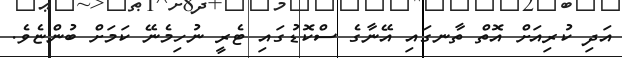
އަދި ކުރިއަށް އޮތް ތާނގައި އޭނާގެ ސްކޮޑުގައި ޓެރީ ނުހިމެނޭ ކަމަށް ބުންޏެވެ.